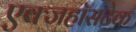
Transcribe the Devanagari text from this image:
एक्जहॉसटेक